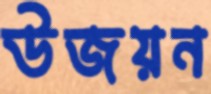
উজয়ন